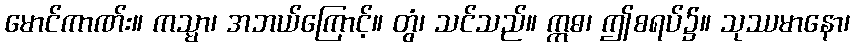
မောင်ကာဏ်း။ ကသ္မာ၊ အဘယ်ကြောင့်။ တွံ၊ သင်သည်။ ဣဓ၊ ဤစရပ်၌။ သုဿမာနော၊